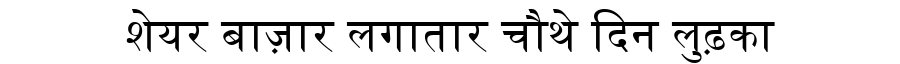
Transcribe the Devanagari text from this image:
शेयर बाज़ार लगातार चौथे दिन लुढ़का